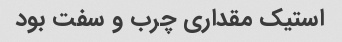
استیک مقداری چرب و سفت بود